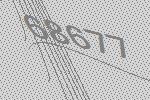
68677